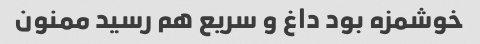
خوشمزه بود داغ و سریع هم رسید ممنون